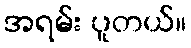
အရမ်း ပူတယ်။